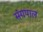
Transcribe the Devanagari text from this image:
संगपाल